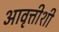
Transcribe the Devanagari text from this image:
आवृत्तीशी